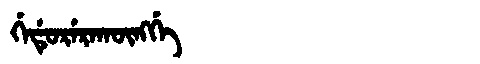
Manchu: ᡤᡝᡩᡠᡵᡝᡵᠠᡴᡡᠩᡤᡝ
Romanization: GEDURERAKŪNGGE